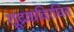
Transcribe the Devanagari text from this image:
शूद्रकविरचित